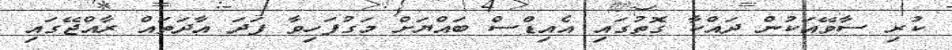
ކުރި ސާވޭއަކުން ދައްކާ ގޮތުގައި އެއިޑްސް ބައްޔަށް މަގުފަހިވާ ފަދަ އާދަތައް ރާއްޖޭގައި